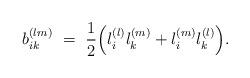
LaTeX: \begin{align*}b^{(lm)}_{ik}\ =\ \frac12\Big(l^{(l)}_i l^{(m)}_k +l^{(m)}_il^{(l)}_k\Big).\end{align*}